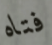
فتاه